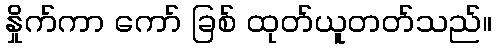
နှိုက်ကာ ကော် ခြစ် ထုတ်ယူတတ်သည်။